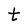
Character: t